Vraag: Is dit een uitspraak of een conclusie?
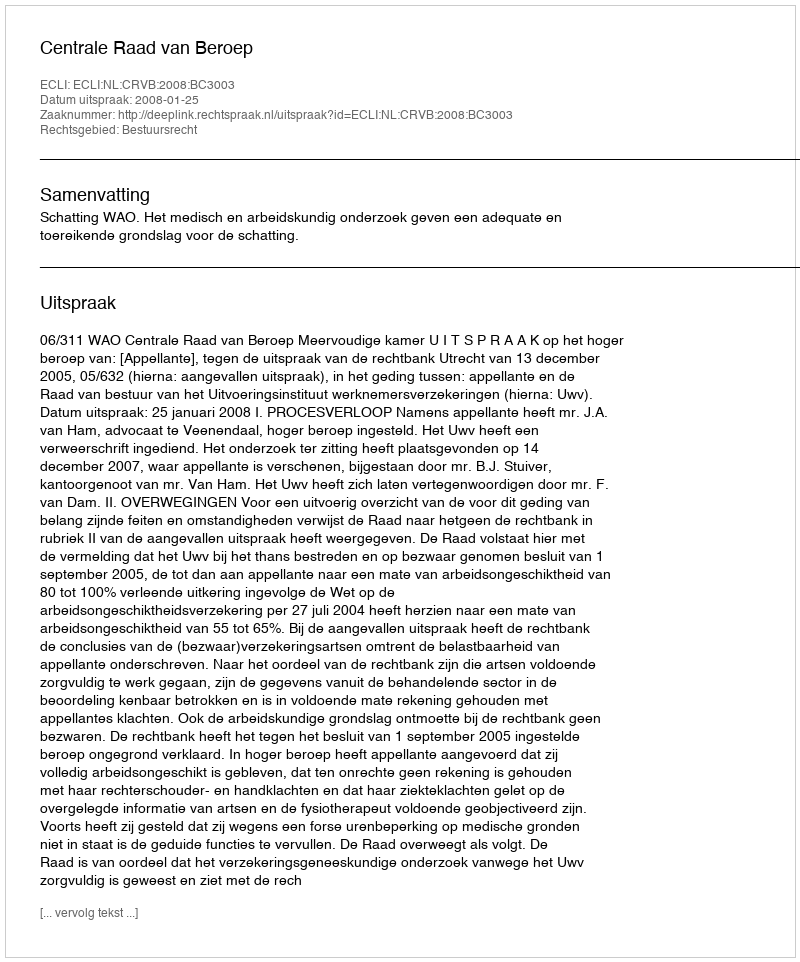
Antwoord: Uitspraak